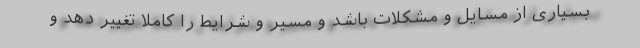
بسیاری از مسایل و مشکلات باشد و مسیر و شرایط را کاملاً تغییر دهد و